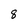
Character: 8